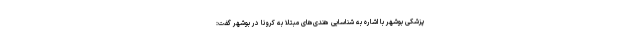
پزشکی بوشهر با اشاره به شناسایی هندی‌های مبتلا به کرونا در بوشهر گفت: